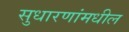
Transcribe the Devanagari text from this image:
सुधारणांमधील